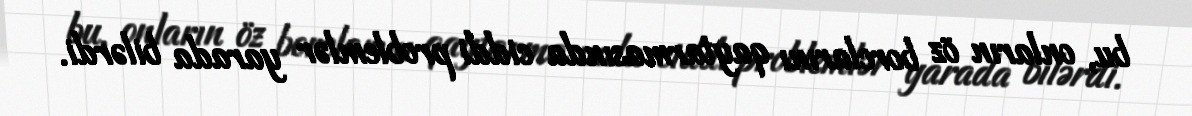
bu, onların öz borclarını qaytarmasında ciddi problemlər yarada bilərdi.